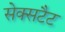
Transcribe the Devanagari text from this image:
सेक्सटैट